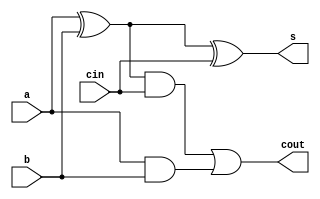
module FA(input a,input b,input cin,output s,output cout);
wire z1,z2,z3;
xor(z1,a,b);
xor(s,z1,cin);
and(z2,z1,cin);
and(z3,a,b);
or(cout,z2,z3);
/*
assign s = a ^ b;
assign cout = (a&b) | cin&(a^b);
*/
endmodule